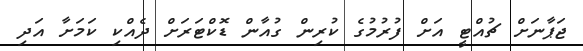
ޖަޕާނަށް ޗުއްޓީ އަށް ފުރުމުގެ ކުރިން ގުއާން ޑޮކްޓަރަށް ދެއްކި ކަމަށާ އަދި